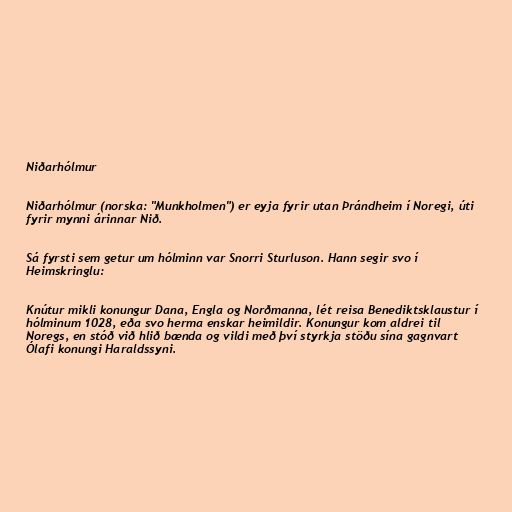
Niðarhólmur

Niðarhólmur (norska: "Munkholmen") er eyja fyrir utan Þrándheim í Noregi, úti
fyrir mynni árinnar Nið.

Sá fyrsti sem getur um hólminn var Snorri Sturluson. Hann segir svo í
Heimskringlu:

Knútur mikli konungur Dana, Engla og Norðmanna, lét reisa Benediktsklaustur í
hólminum 1028, eða svo herma enskar heimildir. Konungur kom aldrei til
Noregs, en stóð við hlið bænda og vildi með því styrkja stöðu sína gagnvart
Ólafi konungi Haraldssyni.